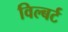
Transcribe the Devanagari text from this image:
विल्बर्ट